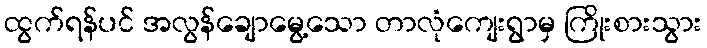
ထွက်ရန်ပင် အလွန်ချောမွေ့သော တာလုံကျေးရွာမှ ကြိုးစားသွား